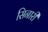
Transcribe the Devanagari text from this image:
सिनारी